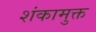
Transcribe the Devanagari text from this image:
शंकामुक्त